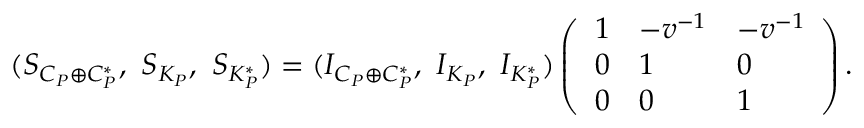
\begin{array} { r } { ( S _ { C _ { P } \oplus C _ { P } ^ { * } } , \ S _ { K _ { P } } , \ S _ { K _ { P } ^ { * } } ) = ( I _ { C _ { P } \oplus C _ { P } ^ { * } } , \ I _ { K _ { P } } , \ I _ { K _ { P } ^ { * } } ) \left( \begin{array} { l l l } { 1 } & { - v ^ { - 1 } } & { - v ^ { - 1 } } \\ { 0 } & { 1 } & { 0 } \\ { 0 } & { 0 } & { 1 } \end{array} \right) . } \end{array}